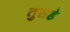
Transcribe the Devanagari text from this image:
तुसडे